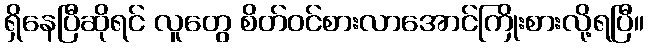
ရှိနေပြီဆိုရင် လူတွေ စိတ်ဝင်စားလာအောင်ကြိုးစားလို့ရပြီ။